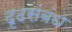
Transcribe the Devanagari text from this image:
दृढसंबंध